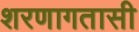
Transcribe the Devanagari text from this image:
शरणागतासी